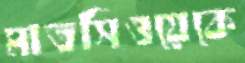
মাতসিওয়েকে